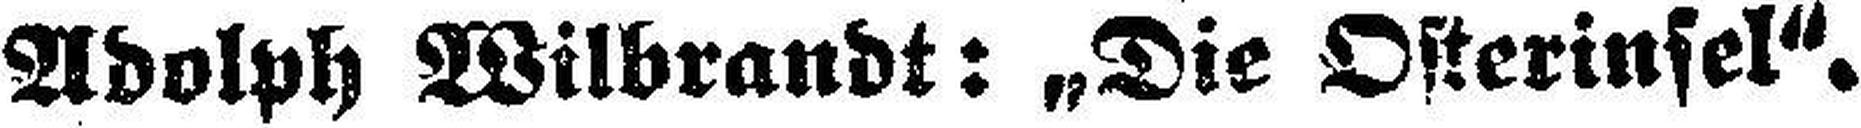
Adolph Wilbrandt: „Die Osterinsel".